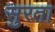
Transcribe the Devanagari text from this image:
सुरता